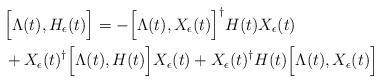
LaTeX: \begin{align*} & \Bigl[\Lambda(t), H_{\epsilon}(t)\Bigr] = -\Bigl[\Lambda(t), X_{\epsilon}(t)\Bigr]^{\dagger}H(t)X_{\epsilon}(t) \\ & + X_{\epsilon}(t)^{\dagger}\Bigl[\Lambda(t), H(t)\Bigr]X_{\epsilon}(t) + X_{\epsilon}(t)^{\dagger}H(t)\Bigl[\Lambda(t), X_{\epsilon}(t)\Bigr] \end{align*}